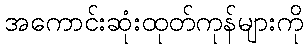
အကောင်းဆုံးထုတ်ကုန်များကို